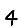
Digit: 4